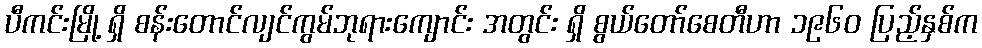
ပီကင်းမြို့ ရှိ စန်းတောင်လျင်ကွမ်ဘုရားကျောင်း အတွင်း ရှိ စွယ်တော်စေတီဟာ ၁၉၆၀ ပြည့်နှစ်က